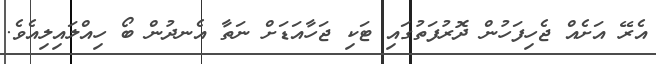
އެރޭ އަށެއް ޖެހިފަހުން ދޮރުފަތުގައި ޓަކި ޖަހާއަޑަށް ނަތާ އެނދުން ބޯ ހިއްލައިލިއެވެ.